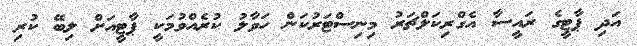
އަދި ޕާޓީގެ ރައީސާ އެގްރިކަލްޗަރު މިނިސްޓަރުކަން ހަވާލު ކުރެއްވުމަކީ ޕާޓީއަށް ލިބޭ ކުރި